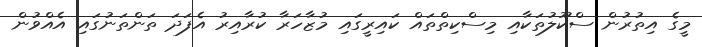
މީގެ އިތުރުން ސްކޫލުތަކާއި މިސްކިތްތައް ކައިރީގައި މުޒާހަރާ ކުރާއިރު އެފަދަ ތަންތަނުގައި އެއްވުން